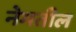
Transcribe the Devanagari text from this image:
नेमतील